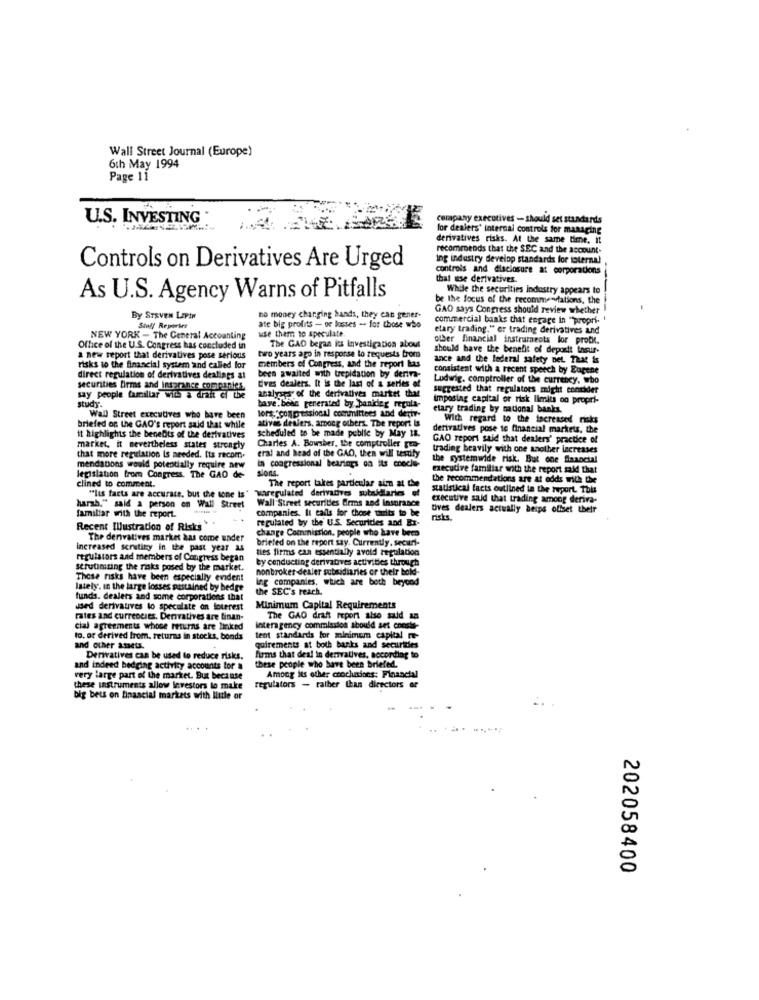
Wall Street Journal (Europe)
6th May 1994
Page 11
U.S. INVESTING
company executives - should set standards
for dealers' internal controls for managing
derivatives risks. At the same time. it
recommends that the SEC and the account.
ing industry develop standards for internal
Controls on Derivatives Are Urged
controls and disclosure at corporations
that use derivatives.
While the securities industry appears to
As U.S. Agency Warns of Pitfalls
be the focus of the recommendations, the
GAO says Congress should review whether
By STRVEN LIPIN
no money changing bands, they can gener-
commercial banks that engage in "propri-
Staff Reporter
ate big profits - or losses - for those who
use them to speculate
etary trading." er trading derivatives and
NEW YORK - The General Accounting
other financial instruments lor protil.
Office of the U.S. Congress has concluded in
The GAD began its investigation about
should have the benefit of deposit Insur-
a new report that derivatives pose serious
two years ago in response lo requests from
ance and the federal safety net. That is
risks to the financial system and called for
members of Congress, and the report has
consistent with a recent speech by Eugene
direct regulation of derivatives dealings at
tives dealers. It is the last of a series of
been awaited with trepidation by deriva-
Ludwig. comptroller of the currency, who
securities firms and insurance companies.
analyses of the derivatives market that
suggested that regulators might concider
say people familiar with a drait ci the
study
baye.bene generated by banideg regula-
Imposing capital or risk limits on propri-
lors, "compressionul committees and detir-
etary trading by national banks.
Wall Street executives who have been
ative dealers, among others. The report is
With regard to the increased risks
briefed on the GAO's report said that while
scheduled to be made public by May 18.
derivatives pose to financial markets, the
it highlights the benefits of the derivatives
GAO report said that dealers' practice of
market, it nevertheless states strongly
eral and head of the GAO, then will testify
Charles A. Bowsher, the comptroller guar
trading heavily with one another increases
that more regulation is needed. Its recom.
in congressional bearings on its cnocle-
the systemwide risk. But one Slaancial
mendations would potentially require new
sions.
executive familiar with the report said that
legislation trom Congress. The GAD de-
clined to comment.
the recommendations are at odds with the
""Its facts are accurate, but the sone is"
The report takes particular aim at the
statistical facts outlined in the report This
varerulated derivatives subsidiaries of
Wall Street securities Erms and Insurance
executive said that trading amoog deriva-
harsh." said a person on Wall Street
familiar with the report.
companies. It calls for those touits to be
tives dealers actually beips offset their
regulated by the U.S. Securities and Bx-
risks
Recent Illustration of Risks
change Commission, people who have been
The derivatives market has come under
briefed on the report say. Currently. securi-
increased scrutiny in the past year as
ties firms can essentially avoid regulation
regulators and members of Congress began
by conducting derivatives activities through
scrutinizing the risks posed by the market.
nonbroker dealer subsidiaries or their bold-
These risks have been especially evident
lng companies, which are both beyond
lately. in the large losses pastained by bedge
the SEC's reach.
funds. dealers and some corporations that
used derivauves to speculate on loterest
Minimum Capital Requirements
rates and currencies. Derivatives are finan-
The GAO draft report also toadd an
cial agreements whose returns are linked
interagency commission should set cneste-
to. or derived from. returns in stocks, bonds
tent standards for minimem capital -
and other assets.
quirements at both banks and securities
Derivatives can be used to reduce risks.
firms that deal in derivatives, according to
and indeed bedging activity accounts for a
these people who have been briefed.
very large part of the market. But because
Among Its other conclusions: Financial
these instruments allow investors to make
regulators - rather than directors or
big bets on financial markets with little or
202058400